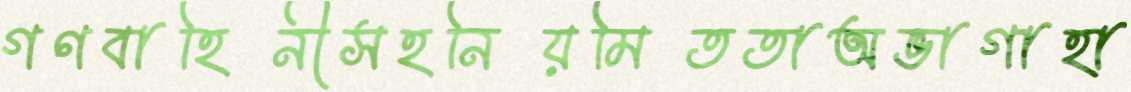
গণবাহিনীসহনিয়মিততাঅভাগাহা